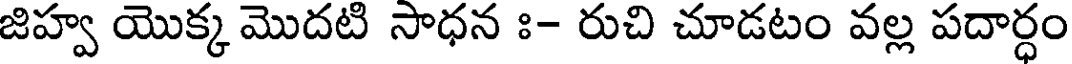
జిహ్వ యొక్క మొదటి సాధన ః- రుచి చూడటం వల్ల పదార్ధం